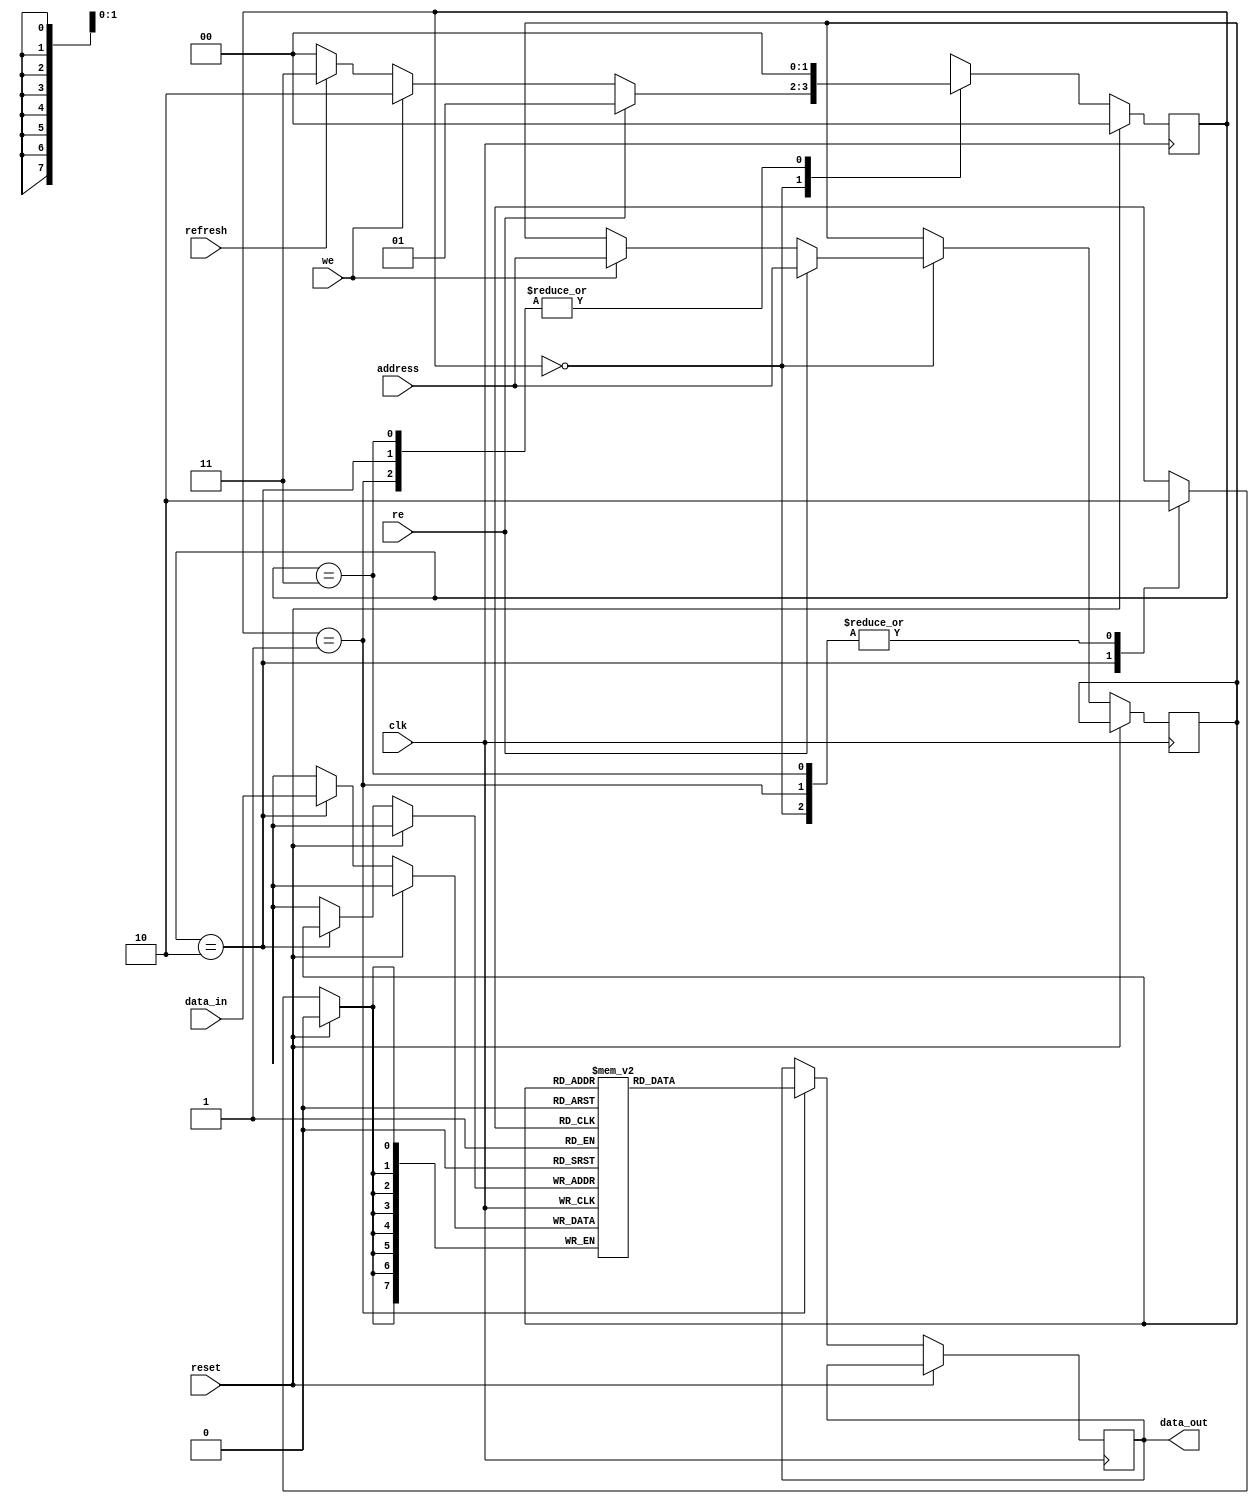
module DRAM (
    input wire clk,
    input wire reset,
    input wire [7:0] address,
    input wire [7:0] data_in,
    output wire [7:0] data_out,
    input wire we,
    input wire re,
    input wire refresh
);

// Declare memory array and registers
reg [7:0] memory [0:255];
reg [7:0] data_out_reg;
reg [7:0] address_reg;
reg [1:0] state;

// Sequential logic for read and write operations
always @(posedge clk) begin
    if (reset) begin
        state <= 2'b00;
    end else begin
        case (state)
            2'b00: begin // Idle state
                if (re) begin
                    state <= 2'b01; // Read state
                    address_reg <= address;
                end else if (we) begin
                    state <= 2'b10; // Write state
                    address_reg <= address;
                end else if (refresh) begin
                    state <= 2'b11; // Refresh state
                end else begin
                    state <= 2'b00; // Stay in idle state
                end
            end
            2'b01: begin // Read state
                data_out_reg <= memory[address_reg];
                state <= 2'b00;
            end
            2'b10: begin // Write state
                memory[address_reg] <= data_in;
                state <= 2'b00;
            end
            2'b11: begin // Refresh state
                // Code to refresh memory cells
                state <= 2'b00;
            end
        endcase
    end
end

assign data_out = data_out_reg;

endmodule